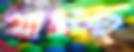
যাচ্চ্ছ